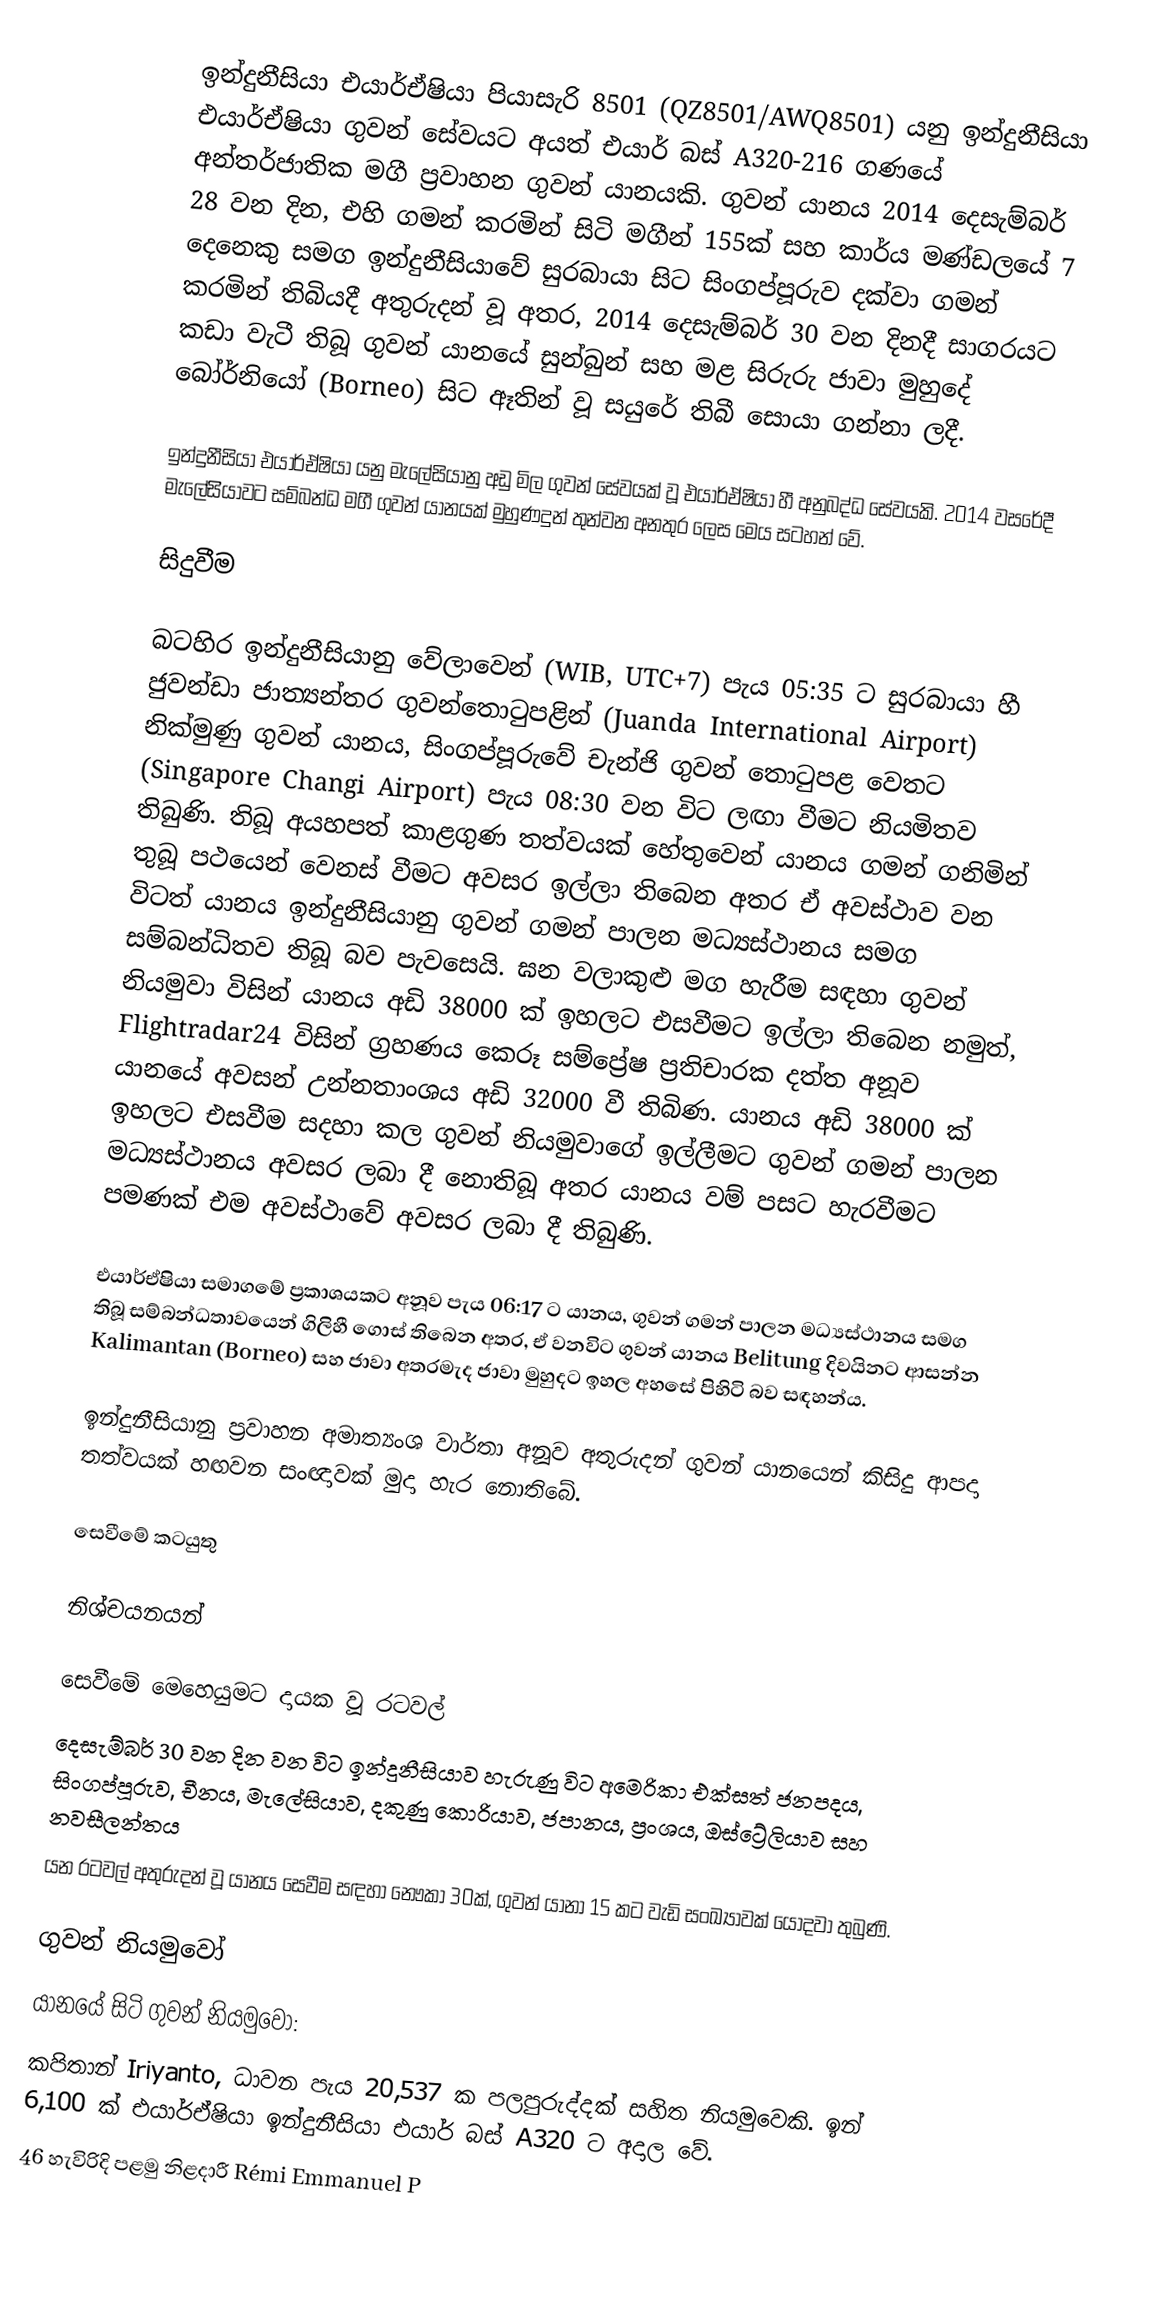
ඉන්දුනීසියා එයාර්ඒෂියා පියාසැරි 8501 (QZ8501/AWQ8501) යනු ඉන්දුනීසියා එයාර්ඒෂියා ගුවන් සේවයට අයත් එයාර් බස් A320-216 ගණයේ අන්තර්ජාතික මගී ප්‍රවාහන ගුවන් යානයකි. ගුවන් යානය 2014 දෙසැම්බර් 28 වන දින, එහි ගමන් කරමින් සිටි මගීන් 155ක් සහ කාර්ය මණ්ඩලයේ 7 දෙනෙකු සමග ඉන්දුනීසියාවේ සුරබායා සිට සිංගප්පූරුව දක්වා ගමන් කරමින් තිබියදී අතුරුදන් වූ අතර, 2014 දෙසැම්බර් 30 වන දිනදී සාගරයට කඩා වැටී තිබූ ගුවන් යානයේ සුන්බුන් සහ මළ සිරුරු ජාවා මුහුදේ බෝර්නියෝ (Borneo) සිට ඈතින් වූ සයුරේ තිබී සොයා ගන්නා ලදී.

ඉන්දුනීසියා එයාර්ඒෂියා යනු මැලේසියානු අඩු මිල ගුවන් සේවයක් වූ එයාර්ඒෂියා හී අනුබද්ධ සේවයකි. 2014 වසරේදී මැලේසිියාවට සම්බන්ධ මගී ගුවන් යානයක් මුහුණදුන් තුන්වන අනතුර ලෙස මෙය සටහන් වේ.

සිදුවීම

බටහිර ඉන්දුනීසියානු වේලාවෙන් (WIB, UTC+7) පැය 05:35 ට සුරබායා හී ජුවන්ඩා ජාත්‍යන්තර ගුවන්තොටුපළින් (Juanda International Airport) නික්මුණු ගුවන් යානය, සිංගප්පූරුවේ චැන්ජි ගුවන් තොටුපළ වෙතට (Singapore Changi Airport) පැය 08:30 වන විට ලඟා වීමට නියමිතව තිබුණි. තිබූ අයහපත් කාළගුණ තත්වයක් හේතුවෙන් යානය ගමන් ගනිමින් තුබූ පථයෙන් වෙනස් වීමට අවසර ඉල්ලා තිබෙන අතර ඒ අවස්ථාව වන විටත් යානය ඉන්දුනීසියානු ගුවන් ගමන් පාලන මධ්‍යස්ථානය සමග සම්බන්ධිතව තිබූ බව පැවසෙයි. ඝන වලාකුළු මග හැරීම සඳහා ගුවන් නියමුවා විසින් යානය අඩි 38000 ක් ඉහලට එසවීමට ඉල්ලා තිබෙන නමුත්, Flightradar24 විසින් ග්‍රහණය කෙරූ සම්ප්‍රේෂ ප්‍රතිචාරක දත්ත අනූව යානයේ අවසන් උන්නතාංශය අඩි 32000 වී තිබිණ. යානය අඩි 38000 ක් ඉහලට එසවීම සදහා කල ගුවන් නියමුවාගේ ඉල්ලීමට ගුවන් ගමන් පාලන මධ්‍යස්ථානය අවසර ලබා දී නොතිබූ අතර යානය වම් පසට හැරවීමට පමණක් එම අවස්ථාවේ අවසර ලබා දී තිබුණි.

එයාර්ඒෂියා සමාගමේ ප්‍රකාශයකට අනූව පැය 06:17 ට යානය, ගුවන් ගමන් පාලන මධ්‍යස්ථානය සමග තිබූ සම්බන්ධතාවයෙන් ගිලිහී ගොස් තිබෙන අතර, ඒ වනවිට ගුවන් යානය Belitung දිවයිනට ආසන්න Kalimantan (Borneo) සහ ජාවා අතරමැද ජාවා මුහුදට ඉහල අහසේ පිහිටි බව සඳහන්ය.

ඉන්දුනීසියානු ප්‍රවාහන අමාත්‍යංශ වාර්තා අනූව අතුරුදන් ගුවන් යානයෙන් කිසිදු ආපදා තත්වයක් හඟවන සංඥාවක් මුදා හැර නොතිබේ.

සෙවීමේ කටයුතු

නිශ්චයනයන්

සෙවීමේ මෙහෙයුමට දායක වූ රටවල්
දෙසැම්බර් 30 වන දින වන විට ඉන්දුනීසියාව හැරුණු විට අමෙරිකා එක්සත් ජනපදය, සිංගප්පූරුව, චීනය, මැලේසියාව, දකුණු කොරියාව, ජපානය, ප්‍රංශය, ඔස්ට්‍රේලියාව සහ නවසීලන්තය
යන රටවල් අතුරුදන් වූ යානය සෙවීම සඳහා නෞකා 30ක්, ගුවන් යානා 15 කට වැඩි සංඛ්‍යාවක් යොදවා තුබුණි.

ගුවන් නියමුවෝ
යානයේ සිටි ගුවන් නියමුවෝ:
කපිතාන් Iriyanto,  ධාවන පැය 20,537 ක පලපුරුද්දක් සහිත නියමුවෙකි. ඉන් 6,100 ක් එයාර්ඒෂියා ඉන්දුනීසියා එයාර් බස් A320 ට අදාල වේ.
46 හැවිරිදි පළමු නිළදාරී Rémi Emmanuel P